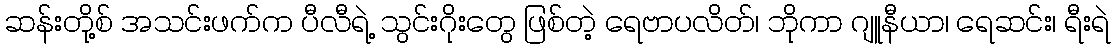
ဆန်းတို့စ် အသင်းဖက်က ပီလီရဲ့ သွင်းဂိုးတွေ ဖြစ်တဲ့ ရေဗာပလိတ်၊ ဘိုကာ ဂျူနီယာ၊ ရေဆင်း၊ ရီးရဲ